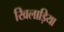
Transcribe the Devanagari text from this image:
खिलाड़िया